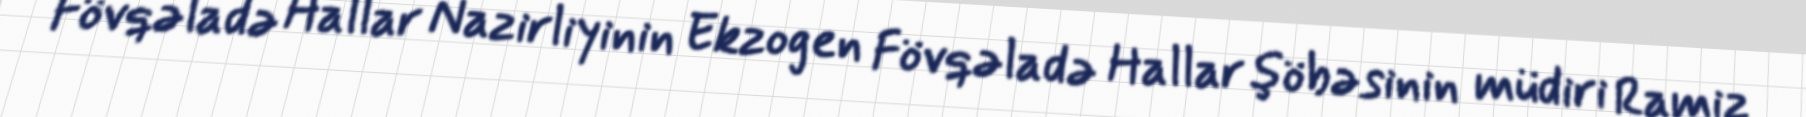
Fövqəladə Hallar Nazirliyinin Ekzogen Fövqəladə Hallar şöbəsinin müdiri Ramiz